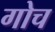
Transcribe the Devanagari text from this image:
गोच